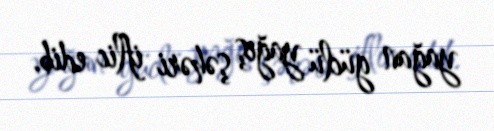
yağan güclü yağış şəhəri iflic edib.